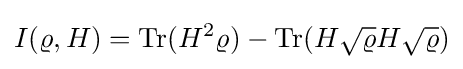
I(\varrho ,H)={\rm {Tr}}(H^{2}\varrho )-{\rm {Tr}}(H{\sqrt {\varrho }}H{\sqrt {\varrho }})